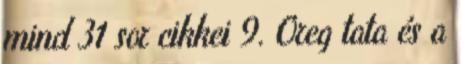
mind 31 sor cikkei 9. Oreg tata és a